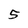
Character: 5